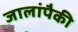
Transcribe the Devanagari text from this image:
जालांपैकी